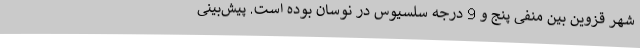
شهر قزوین بین منفی پنج و 9 درجه سلسیوس در نوسان بوده است. پیش‌بینی